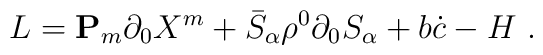
L= {\bf P}_{m}  \partial_0 X^m +  \bar S_\alpha  \rho^0 \partial_0  S_\alpha+  b\dot c - H \ .